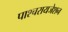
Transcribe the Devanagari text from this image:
पाश्‍चरायजेशन